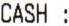
CASH :